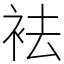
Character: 袪